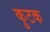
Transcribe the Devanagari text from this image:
कुटक